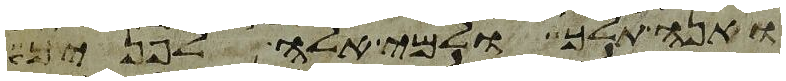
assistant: ואנה תלך ולמי אלה לפניך